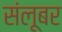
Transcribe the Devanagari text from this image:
संलूबर